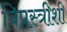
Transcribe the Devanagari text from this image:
विप्रस्त्रीशी